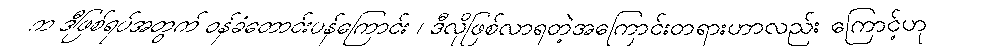
က ဒီဖြစ်ရပ်အတွက် ဝန်ခံတောင်းပန်ကြောင်း ၊ ဒီလိုဖြစ်လာရတဲ့အကြောင်းတရားဟာလည်း ကြောင့်ဟု